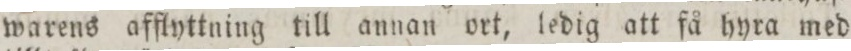
warens afflyttning till annan ort, ledig att få hyra med